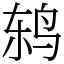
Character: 鸫